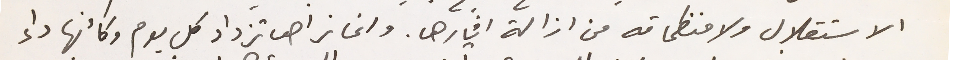
الاستقلال ولا منظماته من ازالة اثارها. وانما نراها تزداد كل يوم وكأنها داء